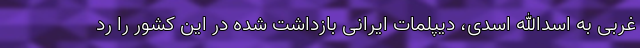
غربی به اسدالله اسدی، دیپلمات ایرانی بازداشت شده در این کشور را رد